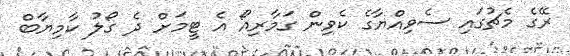
ރޭގެ މެޗުގައި ސެވިއްޔާގެ ކެވިން ގަމާރިއޯ އެ ޓީމަށް ދެ ގޯލު ކާމިޔާބް